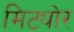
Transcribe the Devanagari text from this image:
मिट्योर